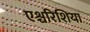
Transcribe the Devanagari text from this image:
एश्चरिशिया